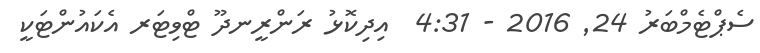
ސެޕްޓެމްބަރު 24